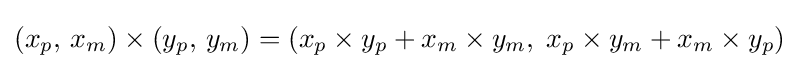
(x_{p},\,x_{m})\times (y_{p},\,y_{m})=(x_{p}\times y_{p}+x_{m}\times y_{m},\;x_{p}\times y_{m}+x_{m}\times y_{p})